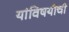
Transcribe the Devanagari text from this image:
यांविषयीची